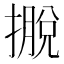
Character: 𢴎